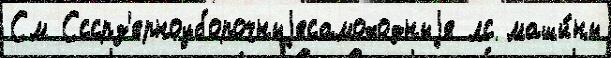
См Сссрз'ерноуборочныjесамоходныjе лс маши́ны